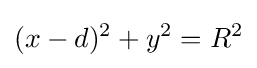
(x-d)^{2}+y^{2}=R^{2}